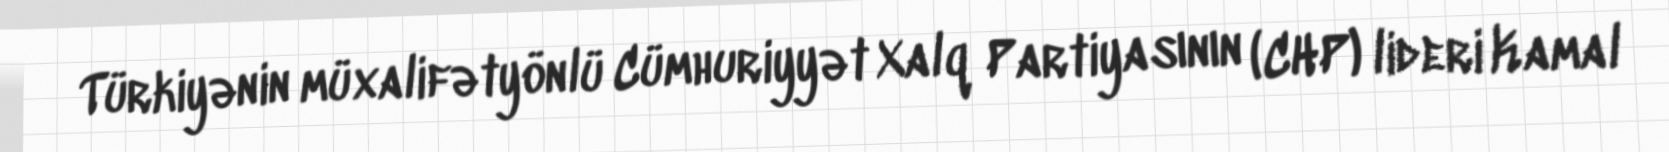
Türkiyənin müxalifətyönlü Cümhuriyyət Xalq Partiyasının (CHP) lideri Kamal